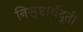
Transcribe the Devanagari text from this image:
निसृष्टार्थदूती